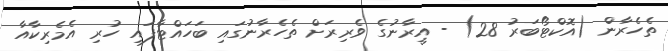
ތެހެރާން (އޮކްޓޯބަރު 28) - އީރާނުގެ ވެރިރަށް ތެހެރާނުގައި ބަހައްޓާފައި ހުރި އެމެރިކާއާ